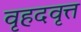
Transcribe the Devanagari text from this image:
वृहदवृत्त